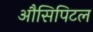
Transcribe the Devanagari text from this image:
औसिपिटल